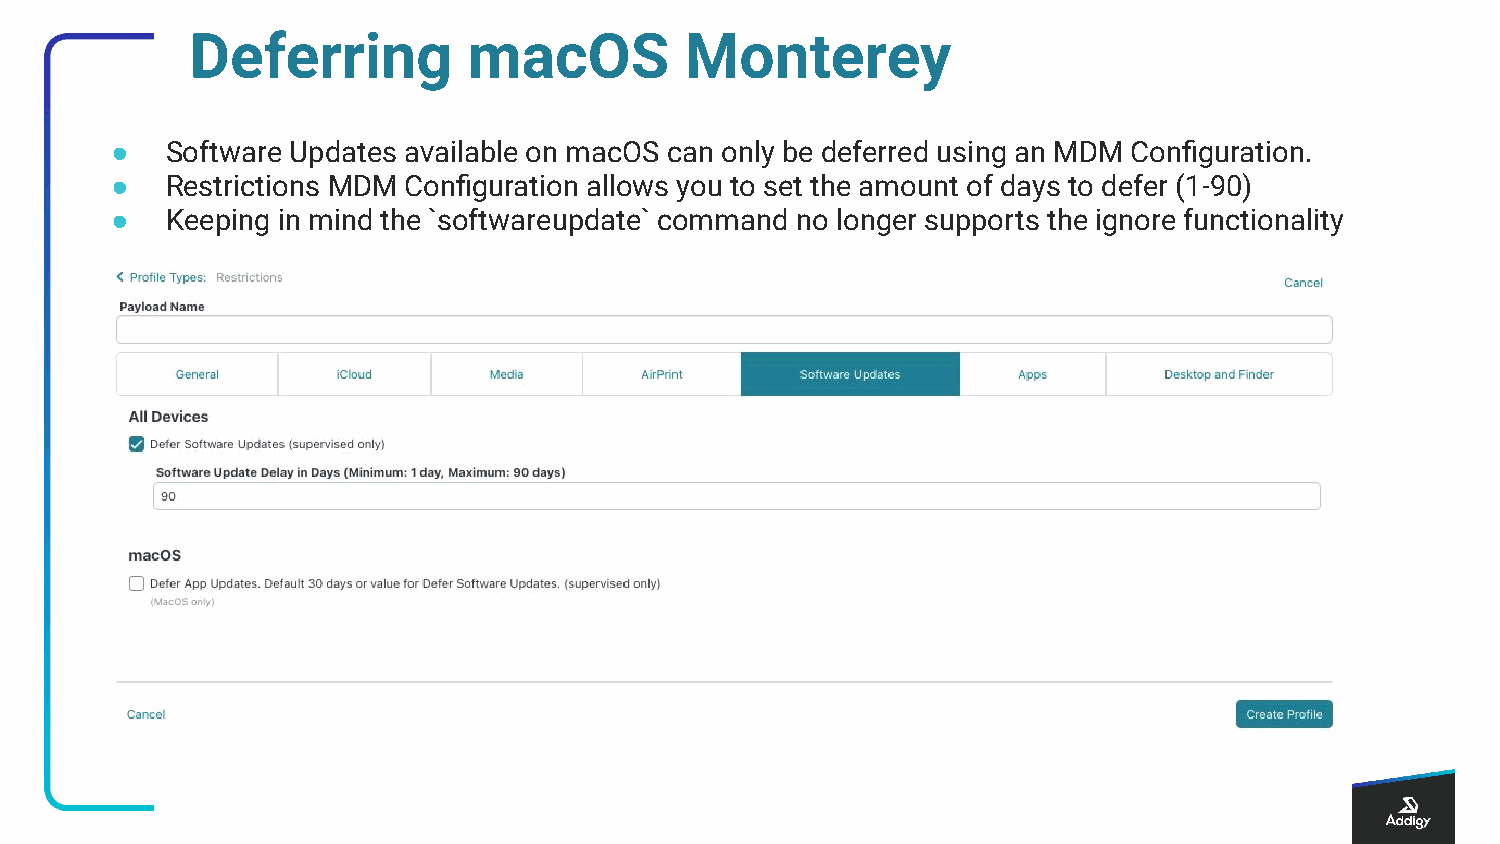
Deferring         macOS         Monterey
 ●   Software Updates available on macOS can only be deferred using an MDM Configuration.
 ●   Restrictions MDM Configuration allows you to set the amount of days to defer (1-90)
 ●   Keeping in mind the `softwareupdate` command no longer supports the ignore functionality